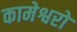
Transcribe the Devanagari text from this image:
कामेश्वरो